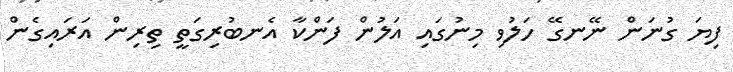
ފިޔަ ގުނަން ނޭނގޭ ހަލުވި މިނުގައި އަލުން ފަންކާ އެނބުރިގަތީ ތިރިން އަރައިގެން